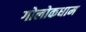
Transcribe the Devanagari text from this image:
गोलोकधाम